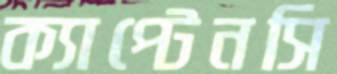
ক্যাপ্টেনসি